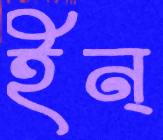
ইন্